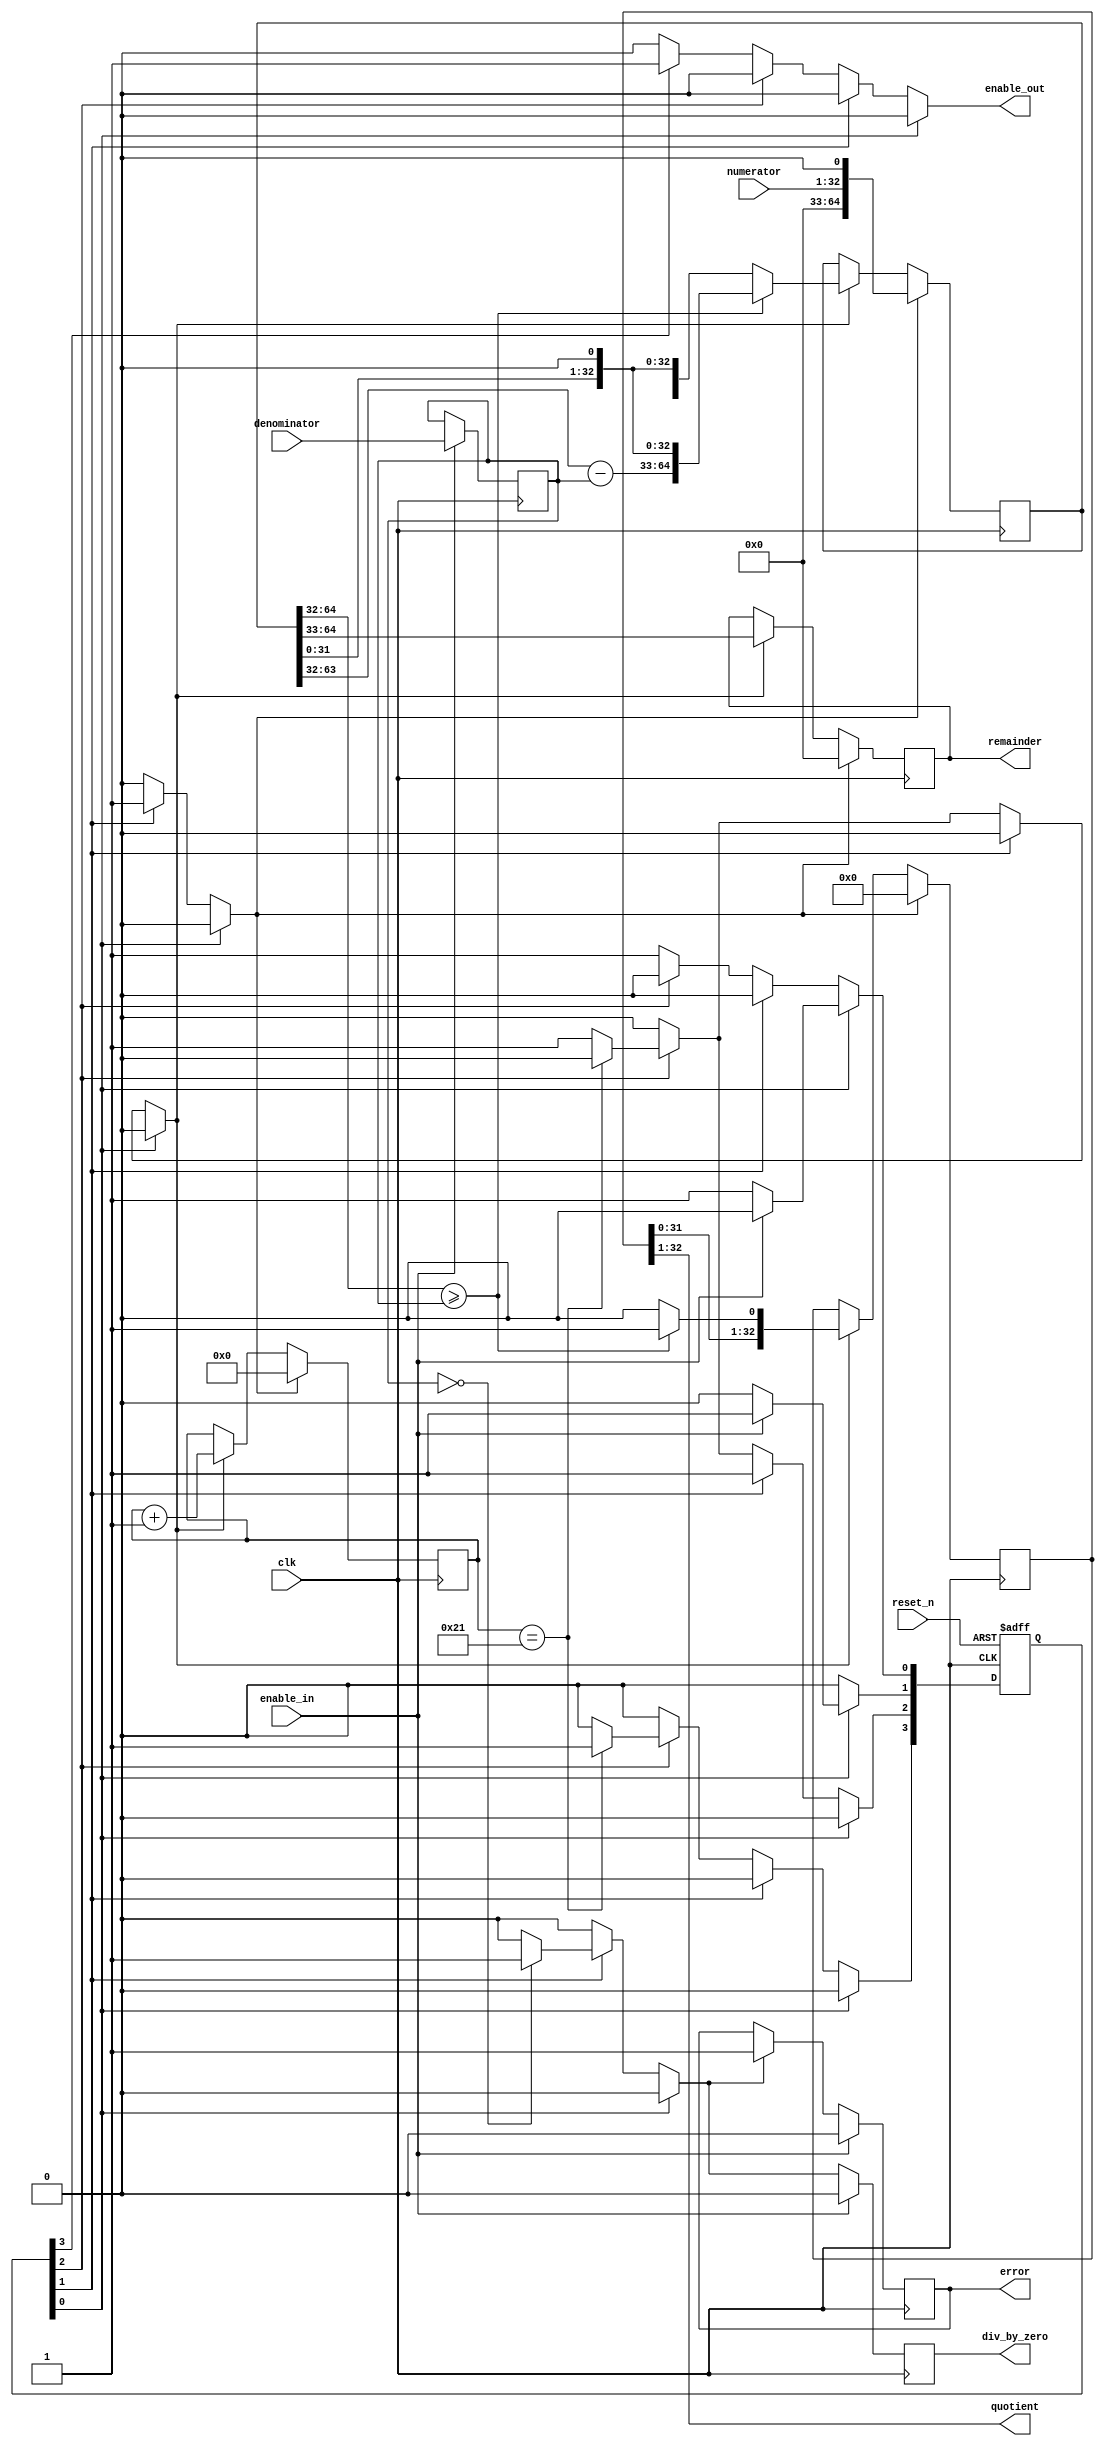
// This program was cloned from: https://github.com/PulseRain/Reindeer
// License: Apache License 2.0

/*
###############################################################################
# Copyright (c) 2018, PulseRain Technology LLC 
#
# Licensed under the Apache License, Version 2.0 (the "License");
# you may not use this file except in compliance with the License.
# You may obtain a copy of the License at
#
#     http://www.apache.org/licenses/LICENSE-2.0
#
# Unless required by applicable law or agreed to in writing, software
# distributed under the License is distributed on an "AS IS" BASIS,
# WITHOUT WARRANTIES OR CONDITIONS OF ANY KIND, either express or implied.
# See the License for the specific language governing permissions and
# limitations under the License.
#
###############################################################################
*/


`default_nettype none

module long_slow_div_denom_reg   
        #(parameter DATA_WIDTH = 32)(
      
        //=======  clock and reset ======
        input  wire                                         clk,
        input  wire                                         reset_n,
        
        //========== INPUT ==========
        input  wire                                         enable_in,
        input  wire [DATA_WIDTH - 1 : 0]                    numerator,
        input  wire [DATA_WIDTH - 1 : 0]                    denominator,
        
        //========== OUTPUT ==========
        output wire                                         enable_out,
        output wire [DATA_WIDTH - 1 : 0]                    quotient,
        output reg [DATA_WIDTH - 1 : 0]                     remainder,
        output reg                                          div_by_zero,
         
        output reg                                          error
);
        
    
    reg   [DATA_WIDTH * 2 : 0]                      L_num;
    wire  [DATA_WIDTH : 0]                          L_num_high; 
    wire  [DATA_WIDTH  : 0]                         L_den;
    wire  [DATA_WIDTH  : 0]                         difference;
    reg   [DATA_WIDTH - 1 : 0]                      denominator_reg;
        
    reg   [$clog2(DATA_WIDTH) : 0]                  iteration;
        
    reg                                             ctl_set_div_by_zero;
    reg                                             ctl_division_init, ctl_division_enable, ctl_set_enable_out;
    reg  [DATA_WIDTH : 0]                           quotient_i;    
        
    always @(posedge clk) begin 
        if (enable_in) begin
            denominator_reg <= denominator;
        end
    end
    
    assign L_num_high = L_num [DATA_WIDTH * 2 : DATA_WIDTH];
    
    assign difference = L_num_high - L_den; 
    assign L_den = {1'b0, denominator_reg};
        
    always @(posedge clk) begin
        if (ctl_division_init) begin
            L_num <= { {(DATA_WIDTH){1'b0}}, numerator, 1'b0};
        end else if (ctl_division_enable) begin
            if (L_num_high >= L_den) begin
                L_num <= {difference [DATA_WIDTH - 1 : 0], L_num [DATA_WIDTH - 1 : 0], 1'b0};
            end else begin
                L_num <= L_num << 1;
            end
        end
    end
        
    always @(posedge clk) begin
        if (ctl_division_init) begin
            iteration <= 0;
            remainder <= 0;
        end else if (ctl_division_enable) begin
            iteration <= iteration + 1;
            
            remainder <= L_num_high[32 : 1];
            
        end
    end
        
    always @(posedge clk) begin : div_by_zero_proc
        if (enable_in) begin
            div_by_zero <= 0;
        end else begin
            div_by_zero <= ctl_set_div_by_zero;
        end
    end 
            
    always @(posedge clk) begin : error_proc
        if (enable_in) begin
            error <= 0;
        end else if (ctl_set_div_by_zero)  begin
            error <= 1;
        end
    end 
                
    always @(posedge clk) begin : quotient_proc
        if (ctl_division_init) begin
            quotient_i <= 0;
        end else if (ctl_division_enable) begin
            if (L_num_high >= L_den) begin
                quotient_i <= {quotient_i [DATA_WIDTH - 1 : 0], 1'b1};
            end else begin
                quotient_i <= {quotient_i [DATA_WIDTH - 1 : 0], 1'b0};
            end 
        end
    end 
    
    assign quotient = quotient_i [DATA_WIDTH : 1];
    assign enable_out = ctl_set_enable_out;
    
    //+++++++++++++++++++++++++++++++++++++++++++++++++++++++++++++++++++++++++
    // FSM
    //+++++++++++++++++++++++++++++++++++++++++++++++++++++++++++++++++++++++++
        localparam S_IDLE = 0, S_CHECK = 1, S_DIVISION = 2, S_OUTPUT = 3;
        reg [3 : 0] current_state, next_state;
                
        // Declare states
        always @(posedge clk, negedge reset_n) begin : state_machine_reg
            if (!reset_n) begin
                current_state <= 0;
            end else begin
                current_state <= next_state;
            end
        end 
        
        // FSM main body
        always @(*) begin : state_machine_comb

            next_state = 0;
            
            ctl_set_div_by_zero = 0;
                
            ctl_division_init = 0;
            ctl_division_enable = 0;
                
            ctl_set_enable_out = 0;
                
            case (1'b1)
                current_state[S_IDLE]: begin
                    if (!enable_in) begin
                        next_state[S_IDLE] = 1;
                    end else begin
                        next_state[S_CHECK] = 1;
                    end
                end
                    
                current_state[S_CHECK] : begin
                    next_state[S_DIVISION] = 1;
                    ctl_division_init = 1;
                    
                    if (denominator_reg == 0) begin
                        ctl_set_div_by_zero = 1;
                    end 
                end
                    
                current_state[S_DIVISION] : begin
                    if (iteration == (DATA_WIDTH + 1)) begin
                        next_state[S_OUTPUT] = 1;
                    end else begin
                        ctl_division_enable = 1;
                        next_state[S_DIVISION] = 1;
                    end 
                end
                    
                current_state[S_OUTPUT] : begin
                    ctl_set_enable_out = 1;
                    next_state[S_IDLE] = 1;
                end
                    
                default: begin
                    next_state[S_IDLE] = 1'b1;
                end
                    
            endcase
          
        end 
    
endmodule


`default_nettype wire